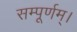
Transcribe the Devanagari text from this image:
सम्पूर्णम्।